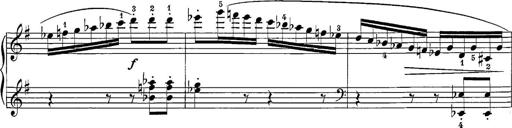
Title: 12 Sonatine per Pianoforte
Composer: Friedrich Kuhlau